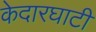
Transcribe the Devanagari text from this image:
केदारघाटी